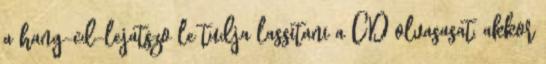
a hang-cd-lejatszo le tudja lassitani a CD olvasasat, akkor